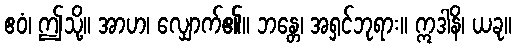
ဧဝံ၊ ဤသို့။ အာဟ၊ လျှောက်၏။ ဘန္တေ၊ အရှင်ဘုရား။ ဣဒါနိ၊ ယခု။